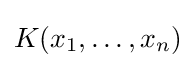
K(x_{1},\dots ,x_{n})